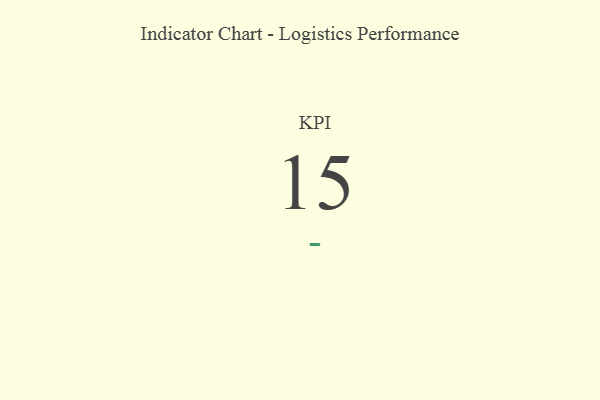
{"axis": {"x": "KPI", "y": "Value"}, "legend": [""], "data": [{"x": "KPI", "y": 15, "type": ""}]}